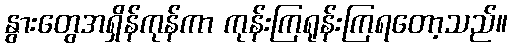
နွားတွေအရှိန်ကုန်ကာ ကုန်းကြရုန်းကြရတော့သည်။